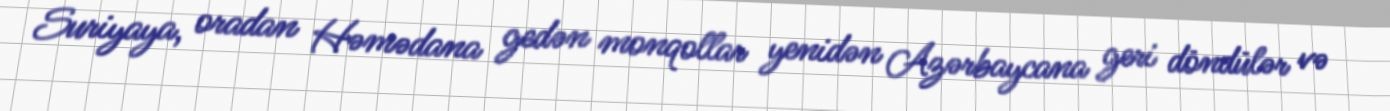
Suriyaya, oradan Həmədana gedən monqollar yenidən Azərbaycana geri döndülər və